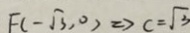
F ( - \sqrt { 3 } , 0 ) \Rightarrow c = \sqrt { 3 }